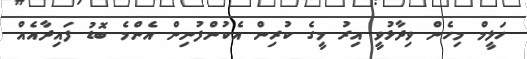
ހަލީމް މިހެން ވިދާޅުވީ އިރު މީގެ ކުރިން އެކުންފުނިން އެންމެ ބޮޑު ފައިދާއެއް